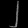
Digit: ၂